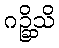
ဂဉ္ဆိသိ